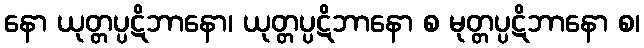
နော ယုတ္တပ္ပဋိဘာနော၊ ယုတ္တပ္ပဋိဘာနော စ မုတ္တပ္ပဋိဘာနော စ၊